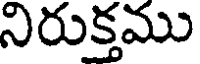
నిరుక్తము